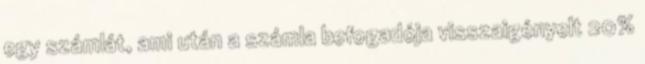
egy számlát, ami után a számla befogadója visszaigényelt 20%